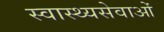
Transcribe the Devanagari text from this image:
स्वास्थ्यसेवाओं